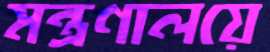
মন্ত্রণালয়ে